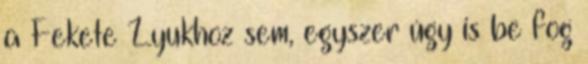
a Fekete Lyukhoz sem, egyszer úgy is be fog